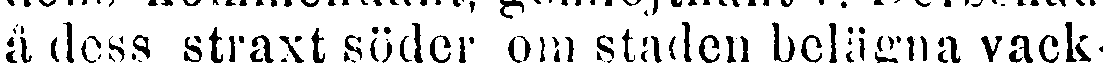
å dess straxt söder om staden belägna vack-